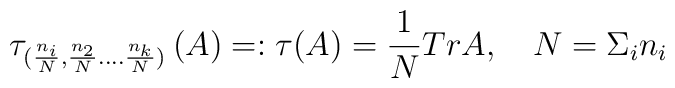
\tau _{(\frac{n_{i}}{N},\frac{n_{2}}{N}....\frac{n_{k}}{N})}\left( A\right)=:\tau (A)=\frac{1}{N}TrA,\quad N=\Sigma _{i}n_{i}